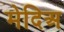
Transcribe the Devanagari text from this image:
मेदिअ